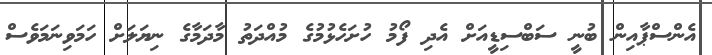
އެންސްޕާއިން ބުނީ ސަބްސިޑީއަށް އެދި ފޯމު ހުށަހެޅުމުގެ މުއްދަތު މާދަމާގެ ނިޔަލަށް ހަމަވިނަމަވެސް